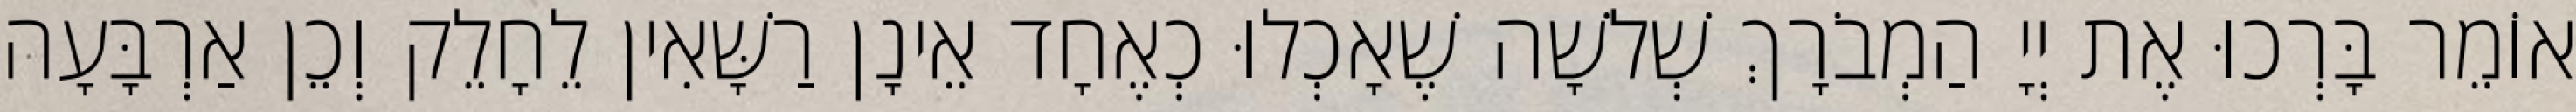
אוֹמֵר בָּרְכוּ אֶת יְיָ הַמְבֹרָךְ שְׁלשָׁה שֶׁאָכְלוּ כְאֶחָד אֵינָן רַשָּׁאִין לֵחָלֵק וְכֵן אַרְבָּעָה